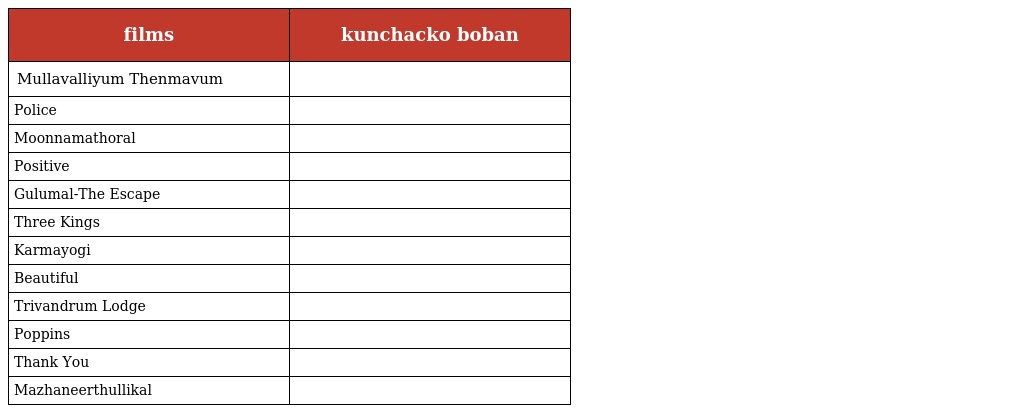
| films | kunchacko boban |
 | --- | --- |
 | Mullavalliyum Thenmavum |  |
 | Police |  |
 | Moonnamathoral |  |
 | Positive |  |
 | Gulumal-The Escape |  |
 | Three Kings |  |
 | Karmayogi |  |
 | Beautiful |  |
 | Trivandrum Lodge |  |
 | Poppins |  |
 | Thank You |  |
 | Mazhaneerthullikal |  |